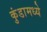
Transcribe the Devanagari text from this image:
कुंडामध्ये